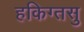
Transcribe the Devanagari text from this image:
हकिग्तसु